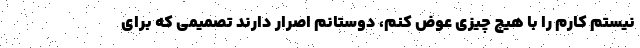
نیستم کارم را با هیچ چیزی عوض کنم، دوستانم اصرار دارند تصمیمی که برای